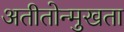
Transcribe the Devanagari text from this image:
अतीतोन्मुखता